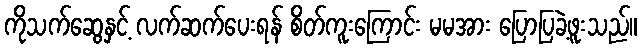
ကိုသက်ဆွေနှင့် လက်ဆက်ပေးရန် စိတ်ကူးကြောင်း မမအား ပြောပြခဲ့ဖူးသည်။